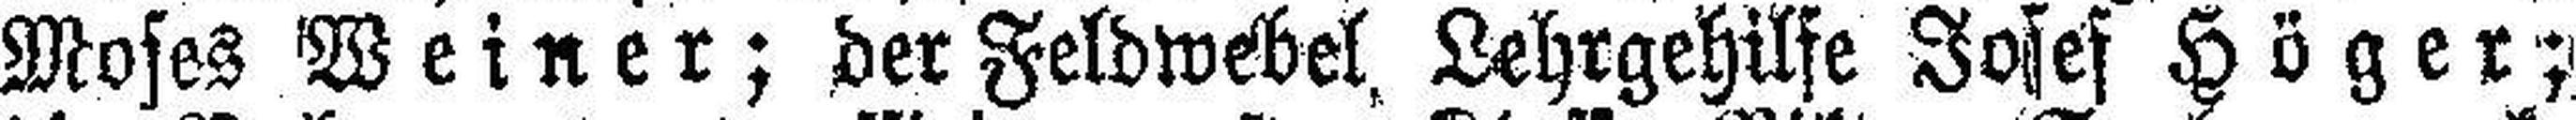
Moses Weiner; der Feldwebel Lehrgehilfe Joses Höger;